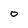
Character: 0